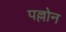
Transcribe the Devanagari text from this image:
पल्लोन